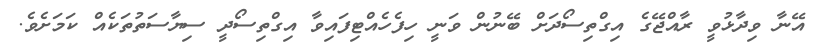
އޭނާ ވިދާޅުވީ ރާއްޖޭގެ އިގްތިސޯދަށް ބޭނުން ވަނީ ހިފެހެއްޓިފައިވާ އިގްތިސޯދީ ސިޔާސަތުތަކެއް ކަމަށެވެ.